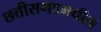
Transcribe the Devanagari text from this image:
छत्तीसगडमधील